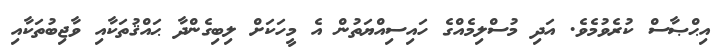
އިޙްޞާސް ކުރެވުމެވެ. އަދި މުސްލިމެއްގެ ހައިސިއްޔަތުން އެ މީހަކަށް ލިބިގެންދާ ޙައްޤުތަކާއި ވާޖިބުތަކާއި